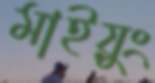
মাইয়ুং